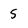
Character: 5